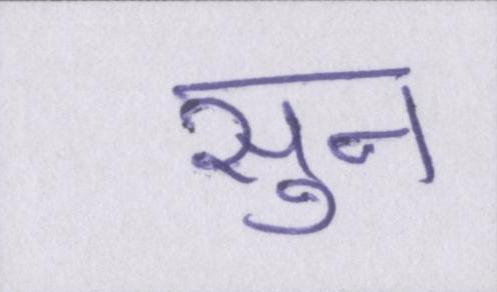
सुन